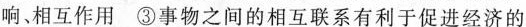
响相互作用③事物之间的相互联系有利于促进经济的